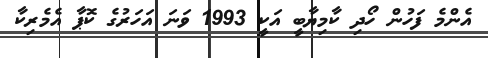
އެންމެ ފަހުން ހޯދި ކާމިޔާބީ އަކީ 1993 ވަނަ އަހަރުގެ ކޮޕާ އެމެރިކާ